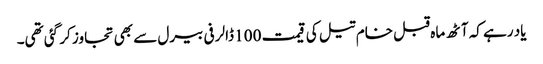
یاد رہے کہ آٹھ ماہ قبل خام تیل کی قیمت 100 ڈالر فی بیرل سے بھی تجاوز کر گئی تھی۔